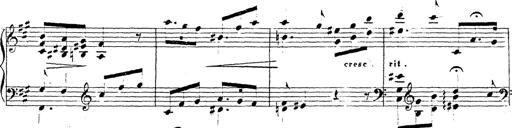
Title: Chanson bohÃ©mienne
Composer: Franz Liszt